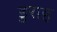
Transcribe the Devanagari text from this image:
डुराह